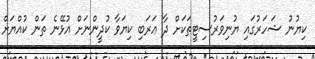
ކިޔުނު ޝަހަރުގައި ޔުނިވަރުސިޓީތަކަށް ދާ ޢަރަބި ކިޔަވާ ކުދީންނަށް އުޅޭނެ ތަން ކުއްޔަށް